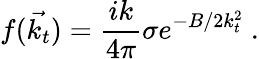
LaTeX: f(\vec{k_{t}})=\frac{ik}{4\pi}\sigma e^{-B/2k_{t}^{2}}\ .